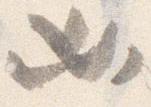
必